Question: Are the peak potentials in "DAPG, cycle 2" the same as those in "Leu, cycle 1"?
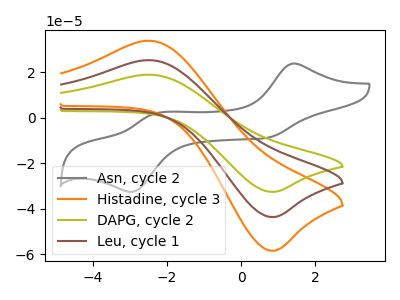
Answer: <think>The gray curve "Asn, cycle 2" has anodic peaks at (1.40V, 23.75uA) (-2.30V, 1.75uA) and cathodic peaks at (0.70V, -8.85uA) (-2.95V, -32.65uA). The orange curve "Histadine, cycle 3" has an anodic peak at (-2.50V, 50.45uA) and a cathodic peak at (0.80V, -87.50uA). The olive curve "DAPG, cycle 2" has an anodic peak at (-2.50V, 18.85uA) and a cathodic peak at (0.80V, -32.65uA). The brown curve "Leu, cycle 1" has an anodic peak at (-2.50V, 25.25uA) and a cathodic peak at (0.80V, -43.75uA).</think>
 <answer>Yes, "DAPG, cycle 2" have a peak in "Leu, cycle 1" at the same potential.</answer>
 <eval>match</eval>